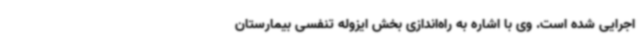
اجرایی شده است. وی با اشاره به راه‌اندازی بخش ایزوله تنفسی بیمارستان